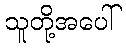
သူတို့အပေါ်